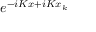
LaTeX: e ^ { - i K x + i K x _ { k } }